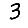
Digit: 3